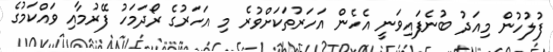
ފުލުހުން މިއަދު ބުނެފައިވަނީ އެހެން އަހަރުތަކަށްވުރެ މި އަހަރުގެ ރޯދަމަހު ފޭރުމާއި ވައްކަމުގެ